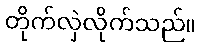
တိုက်လှဲလိုက်သည်။